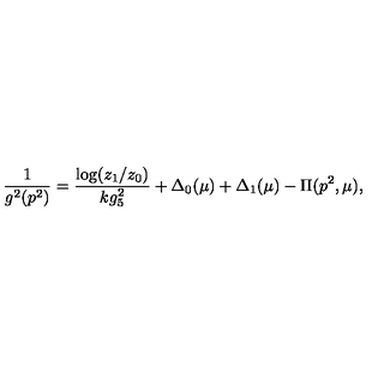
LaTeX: \frac { 1 } { g ^ { 2 } ( p ^ { 2 } ) } = \frac { \log ( z _ { 1 } / z _ { 0 } ) } { k g _ { 5 } ^ { 2 } } + \Delta _ { 0 } ( \mu ) + \Delta _ { 1 } ( \mu ) - \Pi ( p ^ { 2 } , \mu ) ,